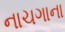
નાચગાના